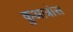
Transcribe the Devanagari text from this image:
क़ुआत्रोस